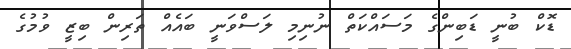
ޑޮކް ބުނީ ޑަބިންގެ މަސައްކަތް ނުނިމި ލަސްވަނީ ބައެއް ތަރިން ބިޒީ ވުމުގެ